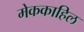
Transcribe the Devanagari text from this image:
मेककाहिल